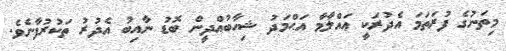
މިތަނުގެ ފުރަތަމަ އެދުރަކީ ޢައްލާމާ އަޙްމަދު ޝިހާބުއްދީން ބޮޑު ނާއިބު އެދުރު ތަކުރުފާނެވެ.